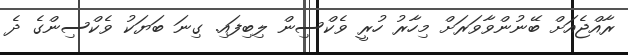
ރާއްޖެއަށް ބޭނުންވާވަރަށް މިހާރު ހުރީ ވެކްސިން ލިބިފައި. ގިނަ ބަޔަކު ވެކްސިންގެ ދެ